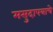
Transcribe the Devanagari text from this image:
मसुदापत्राचे